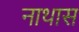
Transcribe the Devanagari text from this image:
नाथास